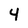
Character: 4